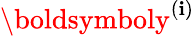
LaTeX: \boldsymboly^{(\mathbf{i})}